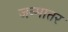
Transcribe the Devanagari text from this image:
जन्मात्तर